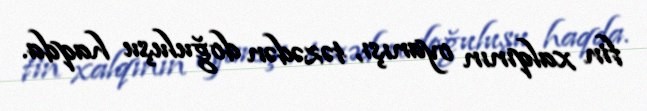
fin xalqının oyanışı, təzədən doğuluşu haqda.